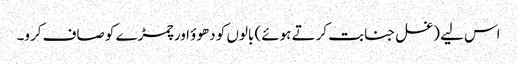
اس لیے (غسل جنابت کرتے ہوئے) بالوں کو دھوؤ اور چمڑے کو صاف کرو۔